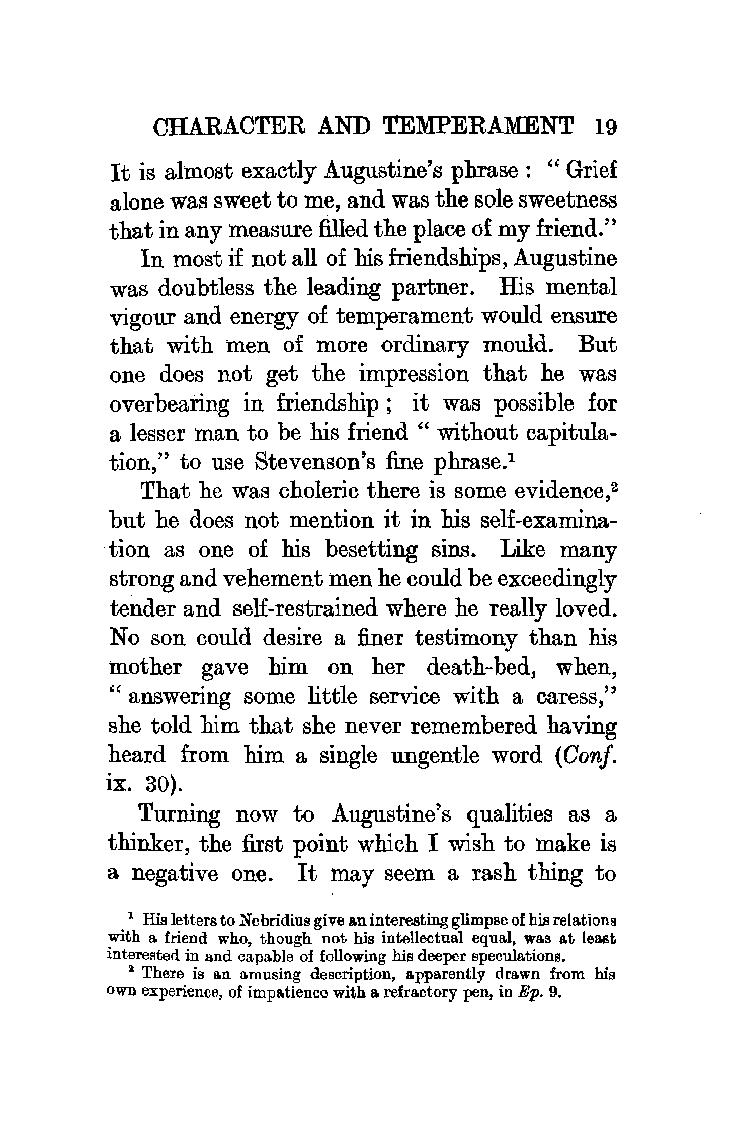
CHARACTER AND  TEMPERAMENT   19
 It is almost exactly Augustine' s phrase : " Grief
 alone was sweet to me, and was the sole sweetness
 that in any measure filled the place of my friend."
 In most if not all of his friendships, Augustine
 was doubtless the leading partner. His mental
 vigour and energy of temperament would ensure
 that with men of more ordinary mould. But
 one does not get the impression that he was
 overbearing in friendship; it was possible for
 a lesser man to be his friend "without capitula
 tion," to use Stevenson's fine phrase.1
 That he was choleric there is some evidence,2
 but he does not mention it in his self-examina
 tion as one of his besetting sins. Like many
 strong and vehement men he could be exceedingly
 tender and self-restrained where he really loved.
 No son could desire a finer testimony than his
 mother gave him on her death-bed, when,
 " answering some little service with a caress,"
 she told him that she never remembered having
 heard from him a single ungentle word (Conf.
 ix. 30).
 Turning now to Augustine' s qualities as a
 thinker, the first point which I wish to make is
 a negative one. It may seem a rash thing to
 1 His letters to Nebridius give an interesting glimpse of his relations
 with a friend who, though not his intellectual equal, was at least
 interested in and capable of following his deeper speculations.
 • There is an amusing description, apparently drawn from his
 own experience, of impatience with a refractory pen, in Ep. 9.